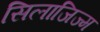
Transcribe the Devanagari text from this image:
सिलाजिज्म